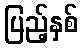
ပြည့်နှစ်